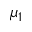
\mu _ { 1 }